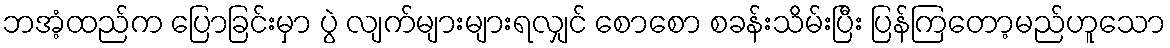
ဘအံ့ထည်က ပြောခြင်းမှာ ပွဲ လျက်များများရလျှင် စောစော စခန်းသိမ်းပြီး ပြန်ကြတော့မည်ဟူသော